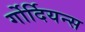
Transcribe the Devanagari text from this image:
र्गोर्दियन्स